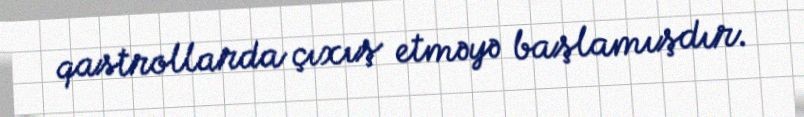
qastrollarda çıxış etməyə başlamışdır.